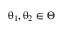
\uptheta _ { 1 } , \uptheta _ { 2 } \in \Theta